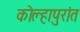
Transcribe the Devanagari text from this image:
कोल्हापुरांत